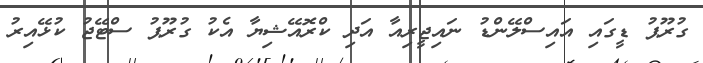
ގުރޫޕު ޑީގައި އައިސްލޭންޑު ނައިޖީރިއާ އަދި ކްރޮއޭޝިޔާ އެކު ގުރޫޕު ސްޓޭޖު ކުޅޭއިރު